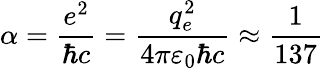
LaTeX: \alpha={\frac{e^{2}}{\hbar c}}={\frac{q_{e}^{2}}{4\pi\varepsilon_{0}\hbar c}}\approx{\frac{1}{137}}